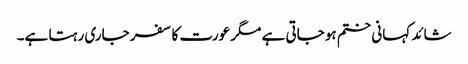
شائد کہانی ختم ہو جاتی ہے مگر عورت کا سفر جاری رہتا ہے۔